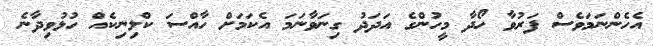
އެހެންނަމަވެސް ފަރުވާ ހޯދާ މީހުންގެ އަދަދު ގިނަވާނަމަ އެކަމަށް ހާއްސަ ކްލިނިކެއް ހުޅުވިދާނެ